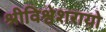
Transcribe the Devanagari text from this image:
श्रीविश्वेशरायो